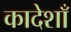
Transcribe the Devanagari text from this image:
कादेशाँ